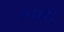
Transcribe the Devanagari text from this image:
सरफ़र